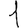
Digit: 1